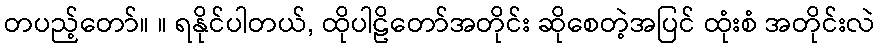
တပည့်တော်။ ။ ရနိုင်ပါတယ်, ထိုပါဠိတော်အတိုင်း ဆိုစေတဲ့အပြင် ထုံးစံ အတိုင်းလဲ